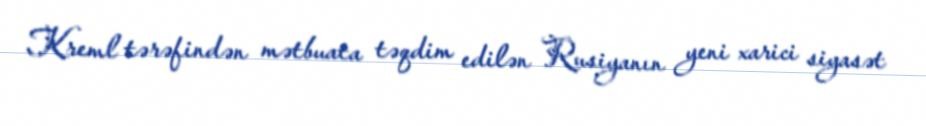
Kreml tərəfindən mətbuata təqdim edilən Rusiyanın yeni xarici siyasət